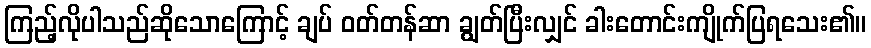
ကြည့်လိုပါသည်ဆိုသောကြောင့် ချပ် ဝတ်တန်ဆာ ချွတ်ပြီးလျှင် ခါးတောင်းကျိုက်ပြရသေး၏။